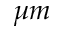
\mu m